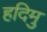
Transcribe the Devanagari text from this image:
हदिमु